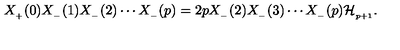
X _ { _ { + } } ( 0 ) X _ { _ { - } } ( 1 ) X _ { _ { - } } ( 2 ) \cdots X _ { _ { - } } ( p ) = 2 p X _ { _ { - } } ( 2 ) X _ { _ { - } } ( 3 ) \cdots X _ { _ { - } } ( p ) { \cal H } _ { _ { p + 1 } } .